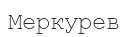
Меркурев